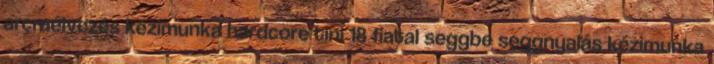
arcraélvezés kézimunka hardcore tini 18 fiatal seggbe seggnyalás kézimunka